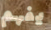
يفهم